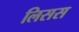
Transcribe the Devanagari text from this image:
लिसस